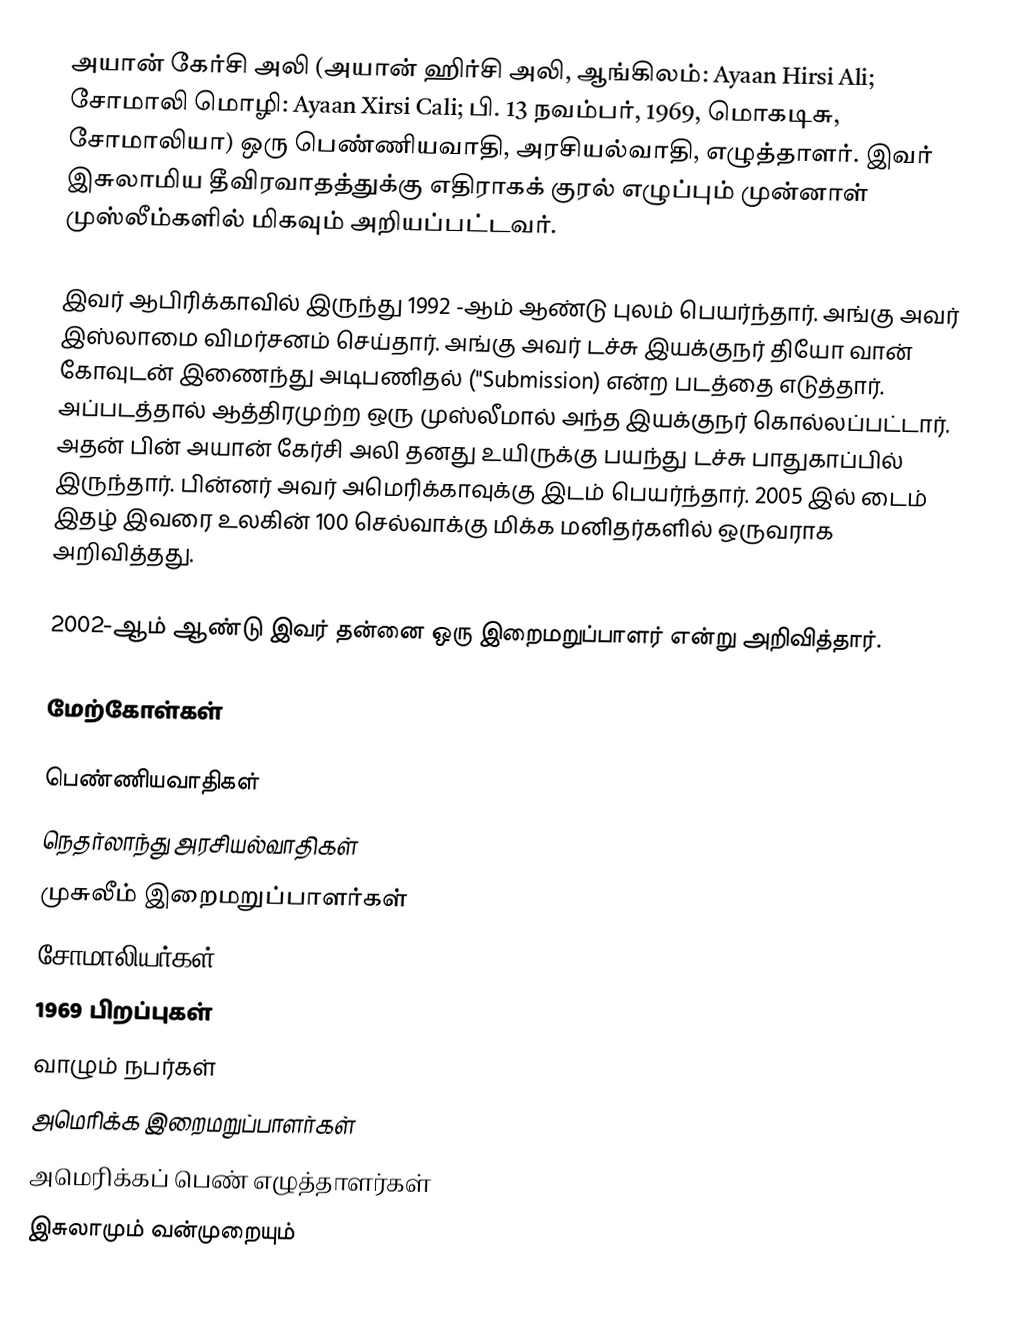
அயான் கேர்சி அலி (அயான் ஹிர்சி அலி, ஆங்கிலம்: Ayaan Hirsi Ali; சோமாலி மொழி: Ayaan Xirsi Cali; பி. 13 நவம்பர், 1969, மொகடிசு, சோமாலியா) ஒரு பெண்ணியவாதி, அரசியல்வாதி, எழுத்தாளர்.  இவர் இசுலாமிய தீவிரவாதத்துக்கு எதிராகக் குரல் எழுப்பும் முன்னாள் முஸ்லீம்களில் மிகவும் அறியப்பட்டவர்.

இவர் ஆபிரிக்காவில் இருந்து 1992 -ஆம் ஆண்டு புலம் பெயர்ந்தார்.  அங்கு அவர் இஸ்லாமை விமர்சனம் செய்தார்.  அங்கு அவர் டச்சு இயக்குநர் தியோ வான் கோவுடன் இணைந்து அடிபணிதல் ("Submission) என்ற படத்தை எடுத்தார்.  அப்படத்தால் ஆத்திரமுற்ற ஒரு முஸ்லீமால் அந்த இயக்குநர் கொல்லப்பட்டார். அதன் பின் அயான் கேர்சி அலி தனது உயிருக்கு பயந்து டச்சு பாதுகாப்பில் இருந்தார். பின்னர் அவர் அமெரிக்காவுக்கு இடம் பெயர்ந்தார்.  2005 இல் டைம் இதழ் இவரை உலகின் 100 செல்வாக்கு மிக்க மனிதர்களில் ஒருவராக அறிவித்தது.

2002-ஆம் ஆண்டு இவர் தன்னை ஒரு இறைமறுப்பாளர் என்று அறிவித்தார்.

மேற்கோள்கள்

பெண்ணியவாதிகள்
நெதர்லாந்து அரசியல்வாதிகள்
முசுலீம் இறைமறுப்பாளர்கள்
சோமாலியர்கள்
1969 பிறப்புகள்
வாழும் நபர்கள்
அமெரிக்க இறைமறுப்பாளர்கள்
அமெரிக்கப் பெண் எழுத்தாளர்கள்
இசுலாமும் வன்முறையும்